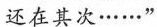
还在其次\cdots \cdots ”